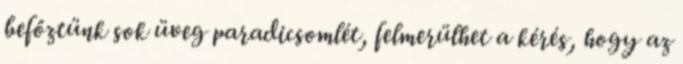
befőztünk sok üveg paradicsomlét, felmerülhet a kérés, hogy az